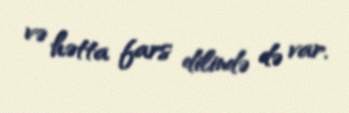
və hətta fars dilində də var.